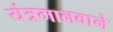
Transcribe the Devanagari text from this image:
यंत्रमानवाने